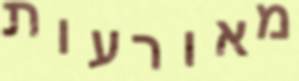
מאורעות